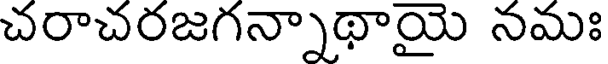
చరాచరజగన్నాథాయై నమః